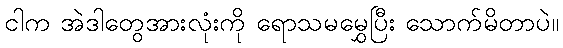
ငါက အဲဒါတွေအားလုံးကို ရောသမမွှေပြီး သောက်မိတာပဲ။